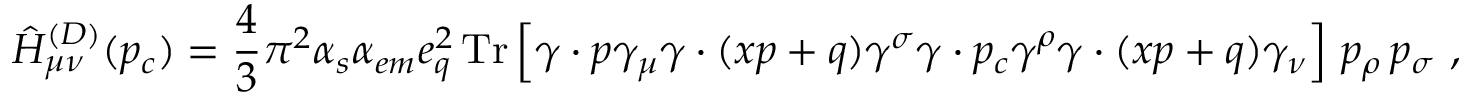
\hat { H } _ { \mu \nu } ^ { ( D ) } ( p _ { c } ) = \frac { 4 } { 3 } \pi ^ { 2 } \alpha _ { s } \alpha _ { e m } e _ { q } ^ { 2 } \, \mathrm { T r } \left[ \gamma \cdot p \gamma _ { \mu } \gamma \cdot ( x p + q ) \gamma ^ { \sigma } \gamma \cdot p _ { c } \gamma ^ { \rho } \gamma \cdot ( x p + q ) \gamma _ { \nu } \right] \, p _ { \rho } \, p _ { \sigma } \ ,